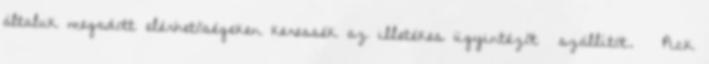
általuk megadott elérhetőségeken keressék az illetékes ügyintézőt szállítót. » Pick